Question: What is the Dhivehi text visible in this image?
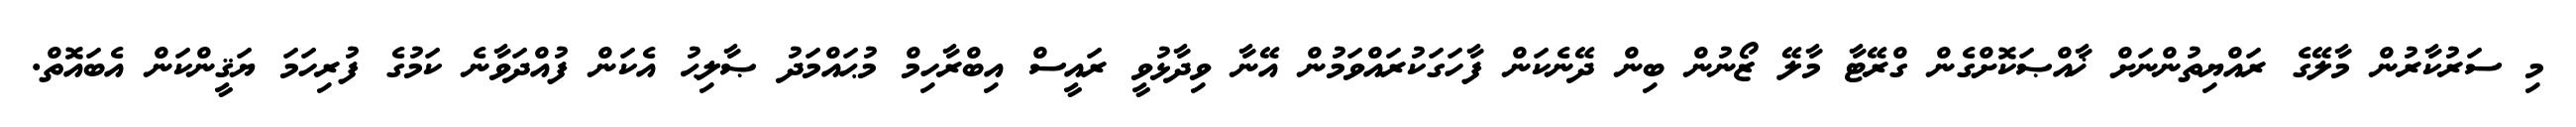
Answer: މި ސަރުކާރުން މާލޭގެ ރައްޔިތުންނަށް ޚާއްޞަކޮށްގެން ގްރޭޓާ މާލޭ ޒޯނުން ބިން ދޭނެކަން ފާހަގަކުރައްވަމުން އޭނާ ވިދާޅުވީ ރައީސް އިބްރާހިމް މުޙައްމަދު ޞާލިޙު އެކަން ފުއްދަވާނެ ކަމުގެ ފުރިހަމަ ޔަޤީންކަން އެބައޮތް.